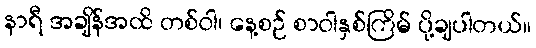
နာရီ အချိန်အထိ တစ်ဝါ၊ နေ့စဉ် စာဝါနှစ်ကြိမ် ပို့ချပါတယ်။